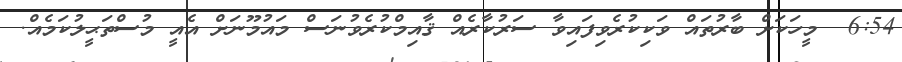
6:54  މީހަކަށް ބާރުތައް ވަކިކުރެވިފައިވާ ސަރުކާރެއް ޤާއިމްކުރެވުނަސް މައުމޫނަށް އެއީ މުސްތަޙީލުކަމެއް.